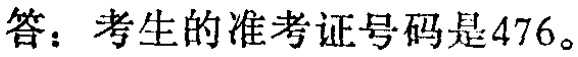
答：考生的准考证号码是476。